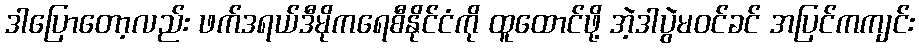
ဒါပြောတော့လည်း ဖက်ဒရယ်ဒီမိုကရေစီနိုင်ငံကို ထူထောင်ဖို့ အဲ့ဒါပွဲမဝင်ခင် အပြင်ကကျင်း